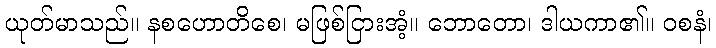
ယုတ်မာသည်။ နစဟောတိစေ၊ မဖြစ်ငြားအံ့။ ဘောတော၊ ဒါယကာ၏။ ဝစနံ၊